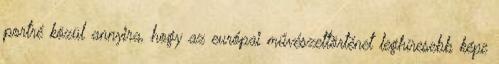
portré közül annyira, hogy az európai művészettörténet leghíresebb képe